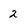
Character: 2